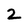
Character: 2